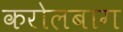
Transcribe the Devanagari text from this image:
करोलबाग